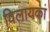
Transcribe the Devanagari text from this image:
विलायकां